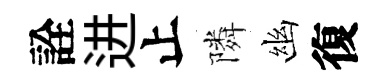
詮进止隣幽復